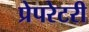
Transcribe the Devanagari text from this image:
प्रेपरेटरी